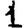
Digit: 1